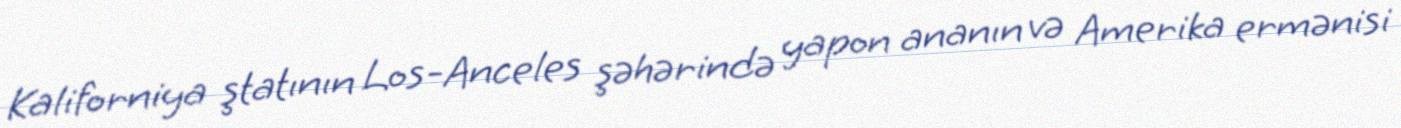
Kaliforniya ştatının Los-Anceles şəhərində yapon ananın və Amerika ermənisi